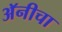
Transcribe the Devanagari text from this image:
अॅनीचा